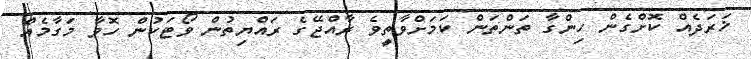
ޚަރަދެއް ކޮށްގެން ހިންގާ ތަންތަން ކަމަށްވާތީވެ ރާއްޖޭގެ ރައްޔިތުން ވޯޓަކުން ހޮވާ މަގާމެއް